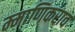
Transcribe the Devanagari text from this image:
म्माणिकराव